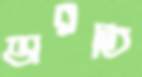
ভারতি